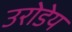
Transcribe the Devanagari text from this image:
उरोडेय